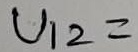
Text: U12=